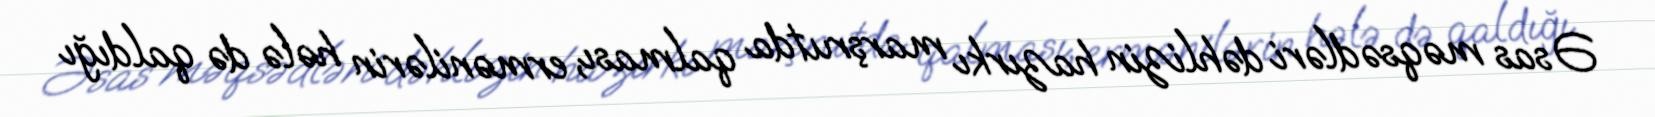
Əsas məqsədləri dəhlizin hazırkı marşrutda qalması, ermənilərin hələ də qaldığı